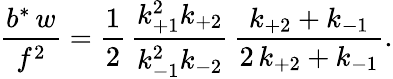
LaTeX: \frac{b^{\ast}\, w}{f^{2}}=\frac{1}{2}\, \frac{k_{+1}^{2}k_{+2}}{k_{-1}^{2}k_{-2}}\, \frac{k_{+2}+k_{-1}}{2\, k_{+2}+k_{-1}}.